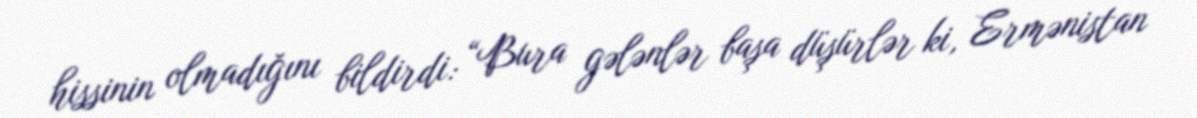
hissinin olmadığını bildirdi: “Bura gələnlər başa düşürlər ki, Ermənistan